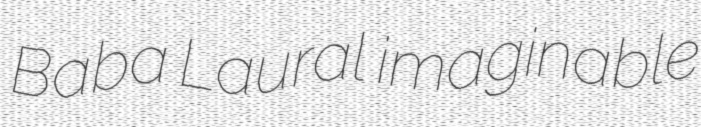
Baba Laural imaginable